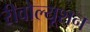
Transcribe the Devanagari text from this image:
रीवोल्यूशन